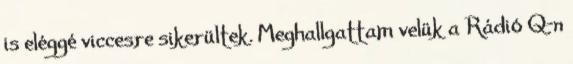
is eléggé viccesre sikerültek. Meghallgattam velük a Rádió Q-n